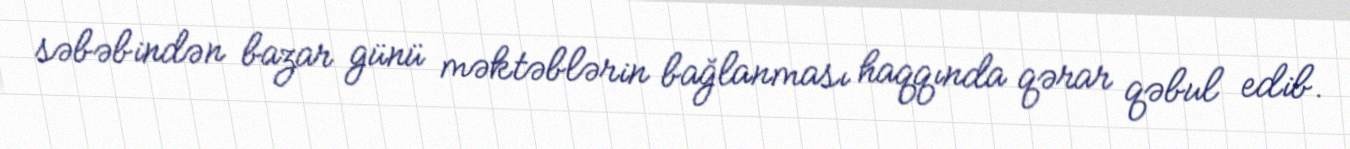
səbəbindən bazar günü məktəblərin bağlanması haqqında qərar qəbul edib.